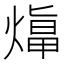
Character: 𤎙